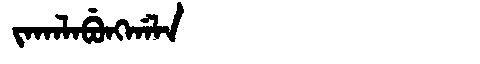
Manchu: ᠵᠠᡴᠠᠯᠠᠪᡠᠩᡤᠠᠯᠠ
Romanization: JAKALABUNGGALA